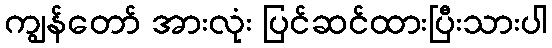
ကျွန်တော် အားလုံး ပြင်ဆင်ထားပြီးသားပါ